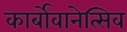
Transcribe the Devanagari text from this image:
कार्बोवानेत्सिव